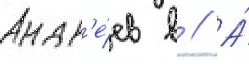
Андр'е́ев в // А́